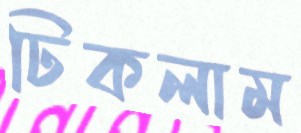
ঢিকলাম